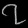
Digit: ၇